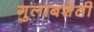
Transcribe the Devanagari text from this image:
गुलाबशेती